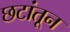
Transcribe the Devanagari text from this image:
छटांतून